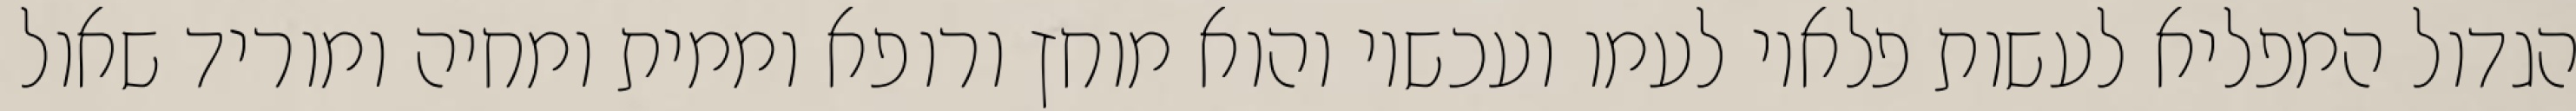
הגדול המפליא לעשות פלאיו לעמו ועכשיו והוא מוחץ ורופא וממית ומחיה ומוריד שאול